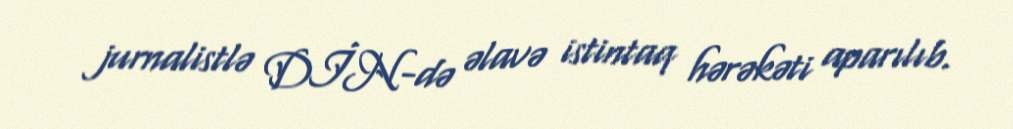
jurnalistlə DİN-də əlavə istintaq hərəkəti aparılıb.